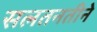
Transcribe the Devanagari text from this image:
सलतनतीने